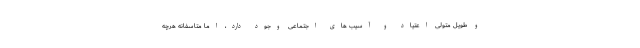
و طویل متولی اعتیاد و آسیب های اجتماعی وجود دارد، اما متاسفانه هرچه